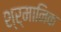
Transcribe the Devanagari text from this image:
श्र्मानिक